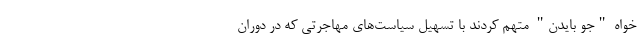
خواه "جو بایدن" متهم کردند با تسهیل سیاست‌های مهاجرتی که در دوران